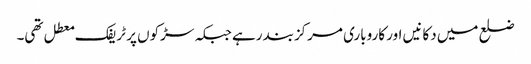
ضلع میں دکانیں اور کاروباری مرکزبند رہے جبکہ سڑکوں پر ٹریفک معطل تھی۔